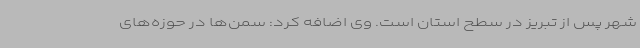
شهر پس از تبریز در سطح استان است. وی اضافه کرد: سمن‌ها در حوزه‌های